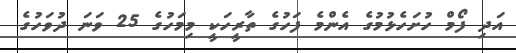
އަދި ފޯމް ހުށަހެޅުމުގެ އެންމެ ފަހުގެ ތާރީހަކީ މިމަހުގެ 25 ވަނަ ދުވަހުގެ